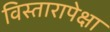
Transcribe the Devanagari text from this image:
विस्तारापेक्षा